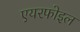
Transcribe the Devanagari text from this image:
एयरफोइल